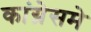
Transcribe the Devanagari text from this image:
कांग्रेसमे